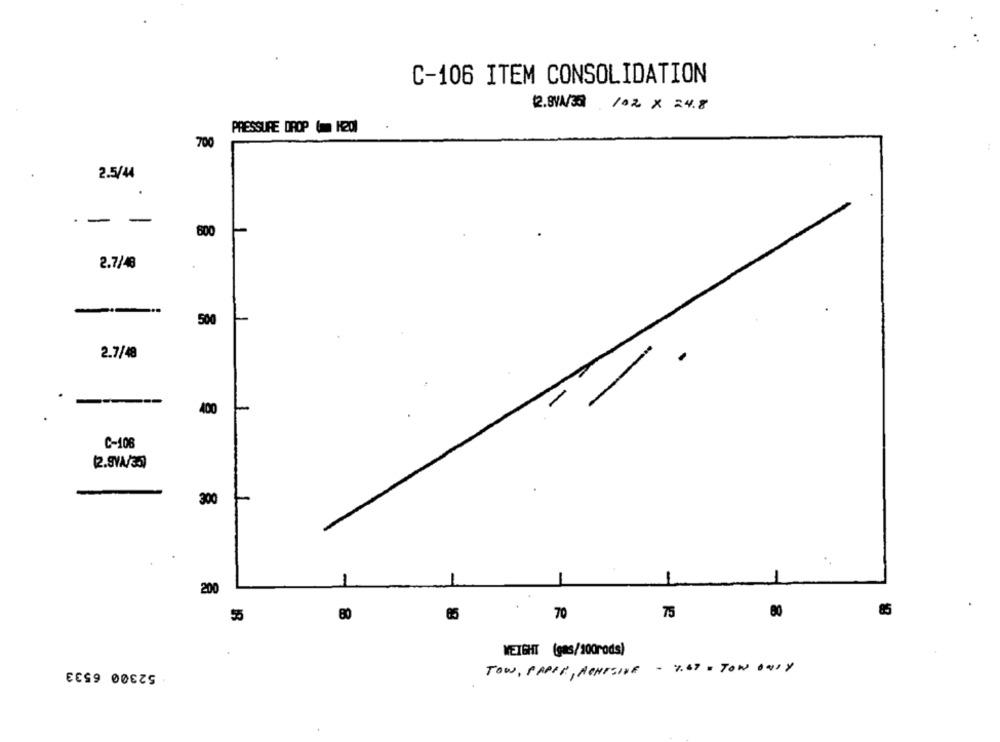
C-106 ITEM CONSOLIDATION
2.BYA/30 /02× 24.8
PRESSURE DROP ( K201
700
2.5/44
-
-
800
2.7/48
500
2.7/48
400
C-108
(2.9VA/35)
300
200
85
70
75
80
85
55
80
WEIGHT (gas/sodrods)
52300 6533
TOW, PAPIR, MENSSINE - 7.69 = TOW ONLY